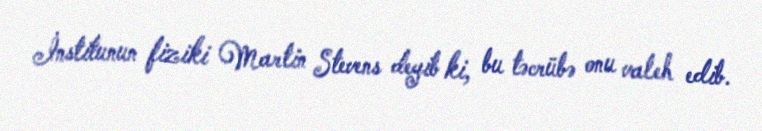
İnstitunun fiziki Martin Stevens deyib ki, bu təcrübə onu valeh edib.